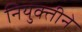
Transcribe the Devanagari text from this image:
नियुक्तीने